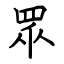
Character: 眾